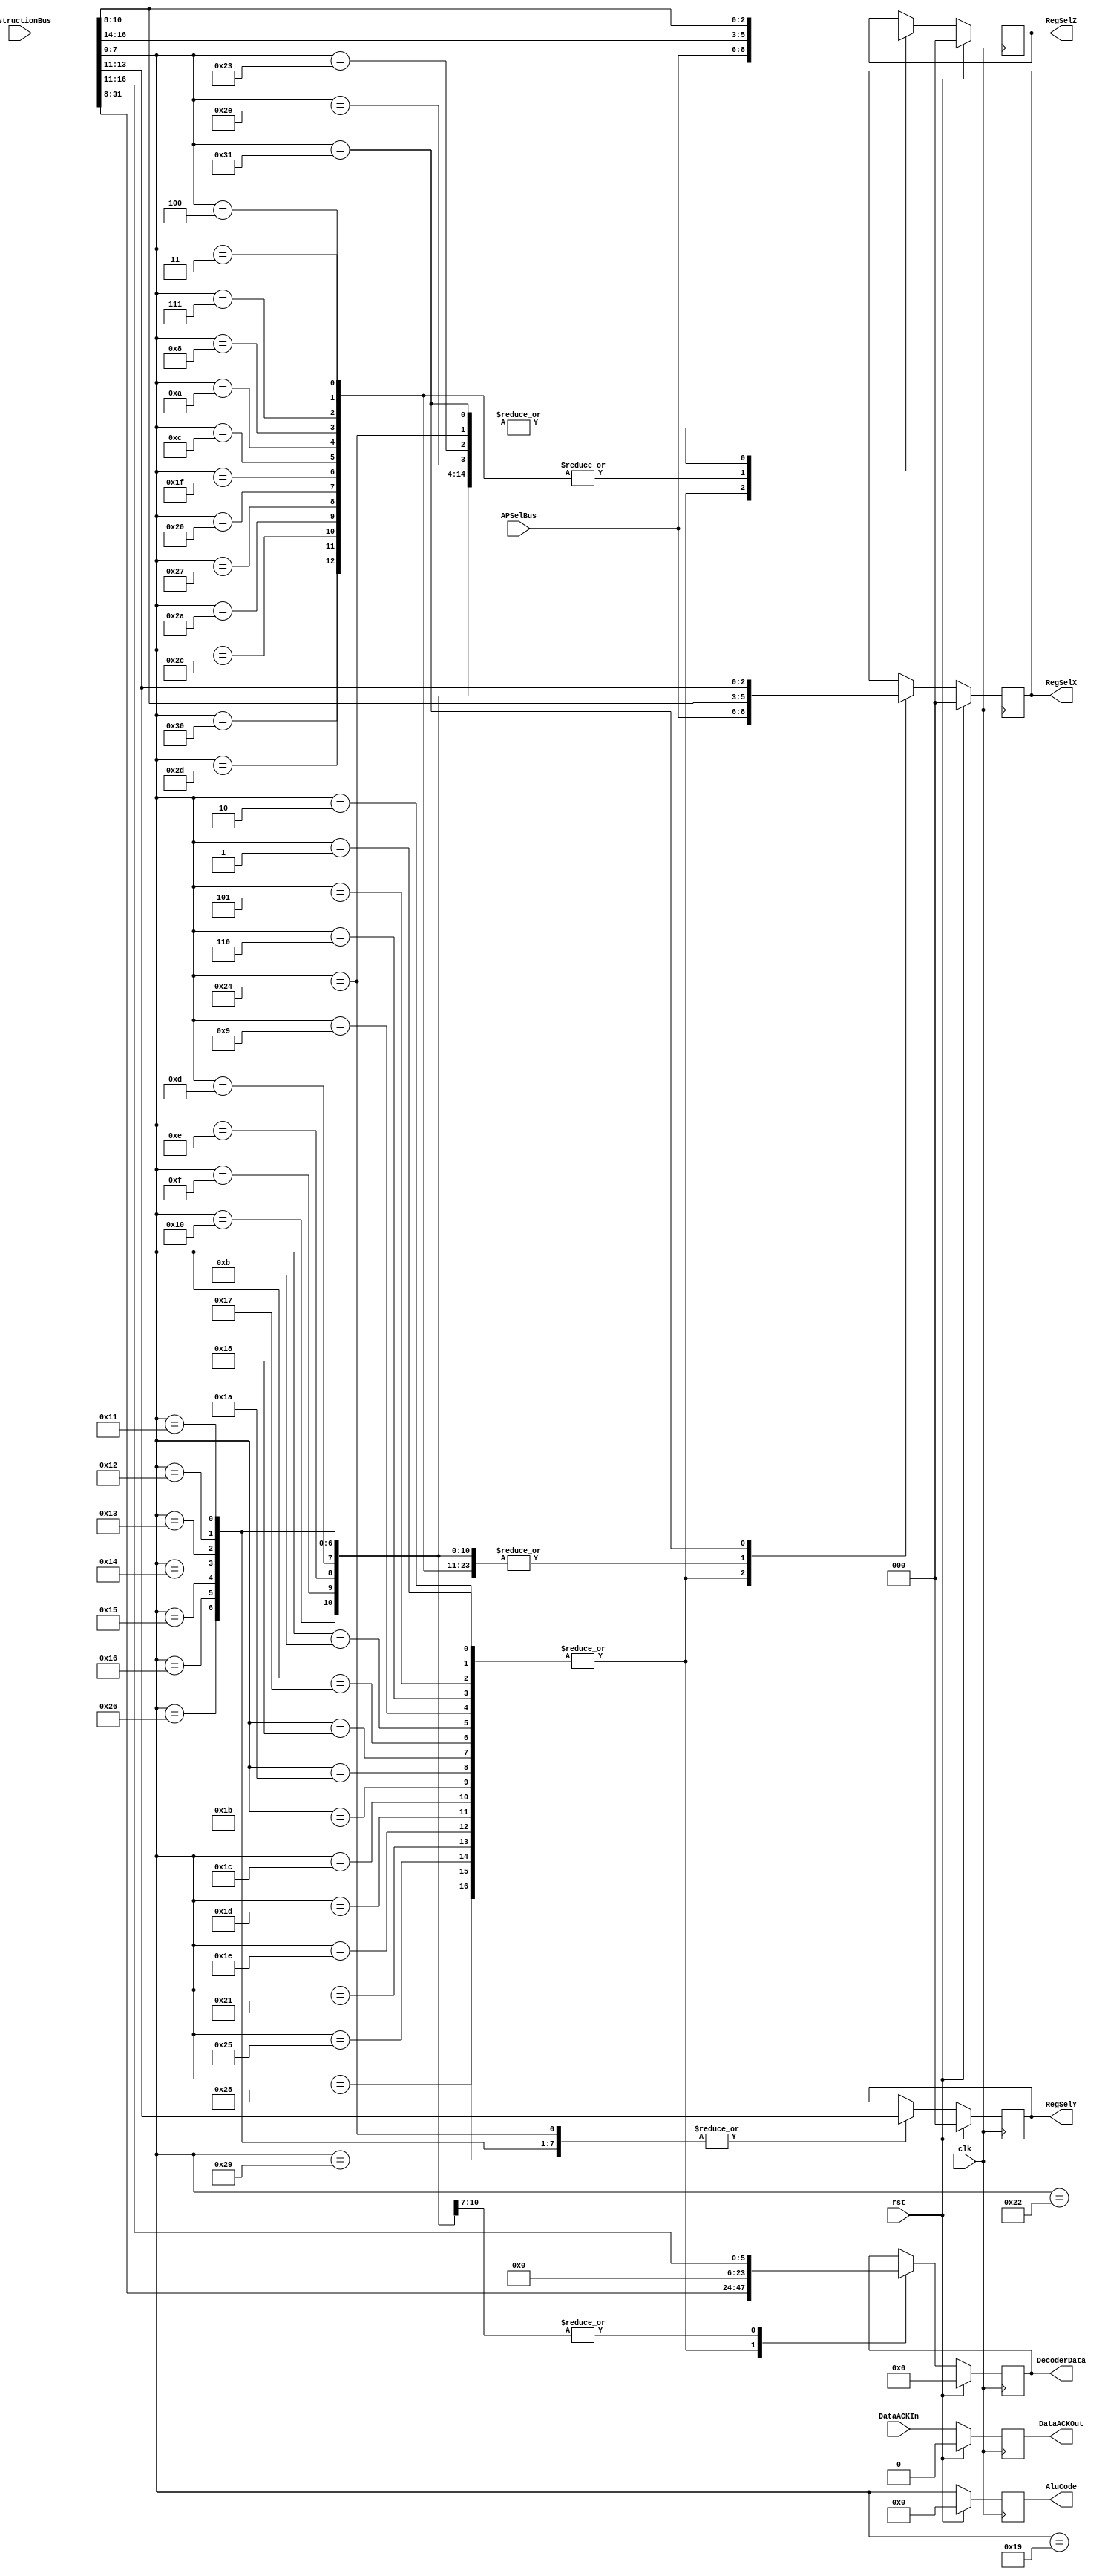
`timescale 1ns / 1ps
//////////////////////////////////////////////////////////////////////////////////
// Company: 
// Engineer: 
// 
// Design Name: 
// Module Name:    Decoder 
// Project Name: 
// Target Devices: 
// Tool versions: 
// Description: 
//
// Dependencies: 
//
// Revision: 
// Revision 0.01 - File Created
// Additional Comments: 
//
//////////////////////////////////////////////////////////////////////////////////
module Decoder( input wire clk,
    input wire rst,// asynchronous reset nie podczy do clk
    input wire[31:0] InstructionBus,
    input wire[2:0] APSelBus,
	 input wire DataACKIn,
	 output reg DataACKOut,
    output reg[7:0] AluCode,
    output reg[23:0] DecoderData,
    output reg[2:0] RegSelX,
    output reg[2:0] RegSelY,
    output reg[2:0] RegSelZ
    );
    always @(posedge clk)
	  begin
	   if(rst == 1'b0)
		 begin
		 DataACKOut <= DataACKIn;
		 AluCode <= InstructionBus[7:0];
		  case(InstructionBus[7:0])
		   8'd255: //Przeka tylko instrukcje
			 begin
			 end
			8'd1,8'd2,8'd5,8'd6,8'd9,8'd11,8'd23,8'd24,8'd26,8'd27,8'd28,8'd29,8'd30,8'd33,8'd37,8'd40,8'd41:// Instrukcja typu: {x[8]} L[24] z docelowym rejestrem w AP lub ignorujce ArgA i/lub ArgB
			 begin
			  DecoderData <= InstructionBus[31:8];
			  RegSelX <= APSelBus;
			  RegSelZ <= APSelBus;
			 end
			 8'd3,8'd4,8'd7,8'd8,8'd10,8'd12,8'd31,8'd32,8'd39,8'd42,8'd44,8'd45,8'd48: // Instrukcja typu: {x[8]} Rx[3] Ry[3] Rz[3] 0[15] lub ignorujce pewne argumenty
			 begin
			  RegSelX <= InstructionBus[10:8];
			  RegSelY <= InstructionBus[13:11];
			  RegSelZ <= InstructionBus[16:14];
			 end
			 8'd13,8'd14,8'd15,8'd16: // Instrukcja typu{x[8]} Rx[3] L [6] 0[15] 
			  begin
			   RegSelX <= InstructionBus[10:8];
				DecoderData <= InstructionBus[16:11];
				RegSelZ <= InstructionBus[10:8];
				end
			 8'd17,8'd18,8'd19,8'd20,8'd21,8'd22,8'd38: //Instrukcje typu: {x[8]} Rx[3] Ry [3] 0[18] z docelowym Rx
			   begin
				 RegSelX <= InstructionBus[10:8];
			    RegSelY <= InstructionBus[13:11];
			    RegSelZ <= InstructionBus[10:8];
				end
				8'd25,8'd34://Instrukcje typu {x[8]} Rx[3] 0[18]
				 begin
				  RegSelX <= InstructionBus[10:8];
				 end
				 8'd35,8'd46://Instrukcje typu {x[8]} Rz[3] 0[18]
				 begin
				  RegSelZ <= InstructionBus[10:8];
				 end
				 8'd36://Instrukcje typu {x[8]} Rz[3](Docelowy) Ry [3] 0[18]
				 begin
				  RegSelZ <= InstructionBus[10:8];
				  RegSelY <= InstructionBus[13:11];
				 end
				 8'd49://Instrukcje typu {x[8]} Rz[3](Docelowy) Rx [3] 0[18]
				 begin
				  RegSelZ <= InstructionBus[10:8];
				  RegSelX <= InstructionBus[13:11];
				 end
   		 endcase
	  end
	  else
	   begin
		 AluCode <= 32'd0;
		 RegSelX <= 32'd0;
		 RegSelY <= 32'd0;
		 RegSelZ <= 32'd0;
		 DataACKOut <= 0;
		 DecoderData <= 24'd0;
		end
	 end
endmodule